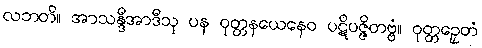
လဘတိ။ အာသန္ဒီအာဒီသု ပန ဝုတ္တနယေနေဝ ပဋိပဇ္ဇိတဗ္ဗံ။ ဝုတ္တဉှေတံ